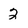
Character: 2